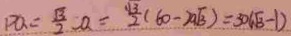
P Q = \frac { \sqrt { 3 } } { 2 } a = \frac { \sqrt { 3 } } { 2 } ( 6 0 - 2 a \sqrt { 3 } ) = 3 0 ( \sqrt { 3 } - 1 )